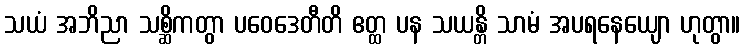
သယံ အဘိညာ သစ္ဆိကတွာ ပဝေဒေတီတိ ဧတ္ထ ပန သယန္တိ သာမံ အပရနေယျော ဟုတွာ။